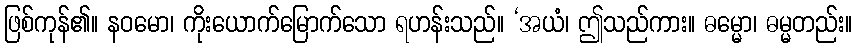
ဖြစ်ကုန်၏။ နဝမော၊ ကိုးယောက်မြောက်သော ရဟန်းသည်။ ‘အယံ၊ ဤသည်ကား။ ဓမ္မော၊ ဓမ္မတည်း။